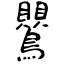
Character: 鸎